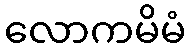
လောကမိမံ